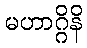
မဟာဂ္ဂိနိ